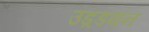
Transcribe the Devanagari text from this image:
उड़्डयन